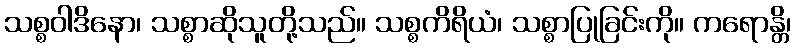
သစ္စဝါဒိနော၊ သစ္စာဆိုသူတို့သည်။ သစ္စကိရိယံ၊ သစ္စာပြုခြင်းကို။ ကရောန္တိ၊